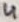
Text: 4